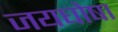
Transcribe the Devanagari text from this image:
जयघोषा